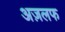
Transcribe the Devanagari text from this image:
अज़लफ